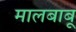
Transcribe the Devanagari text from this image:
मालबाबू